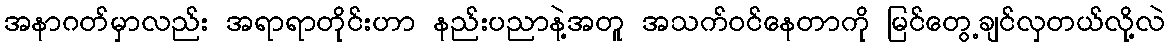
အနာဂတ်မှာလည်း အရာရာတိုင်းဟာ နည်းပညာနဲ့အတူ အသက်ဝင်နေတာကို မြင်တွေ့ချင်လှတယ်လို့လဲ